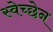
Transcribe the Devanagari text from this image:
स्वेच्छेन